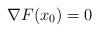
LaTeX: \begin{align*} \nabla F(x_0)=0\end{align*}